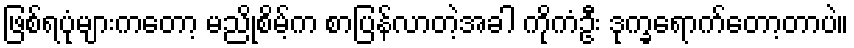
ဖြစ်ရပုံများကတော့ မညိုစိမ့်က စာပြန်လာတဲ့အခါ ကိုကံဦး ဒုက္ခရောက်တော့တာပဲ။